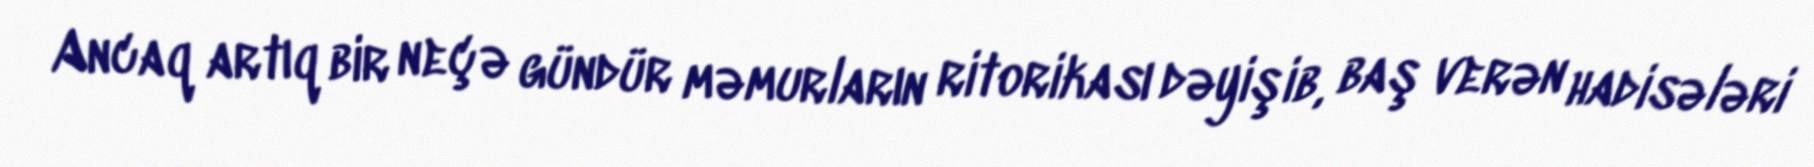
Ancaq artıq bir neçə gündür məmurların ritorikası dəyişib, baş verən hadisələri